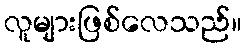
လူများဖြစ်လေသည်။